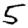
Digit: 5